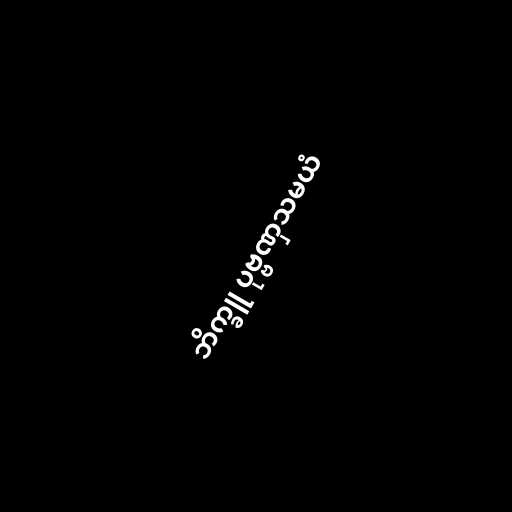
ဘိက္ခူ ပုဗ္ဗဏှသမယံ